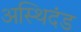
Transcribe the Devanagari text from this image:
अस्थिदंड